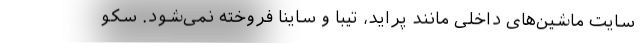
سایت ماشین‌های داخلی مانند پراید، تیبا و ساینا فروخته نمی‌شود. سکو